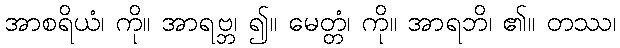
အာစရိယံ၊ ကို။ အာရဗ္ဘ၊ ၍။ မေတ္တံ၊ ကို။ အာရဘိ၊ ၏။ တဿ၊